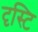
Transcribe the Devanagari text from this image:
दृस्टि